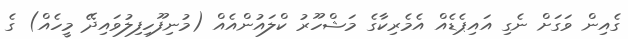
ގެއިން ވަގަށް ނެގި އައިޕެޑެއް އެމެރިކާގެ މަޝްހޫރު ކްލައުންއެއް (މުނިފޫހިފިލުވައިދޭ މީހެއް) ގެ